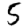
Digit: 5